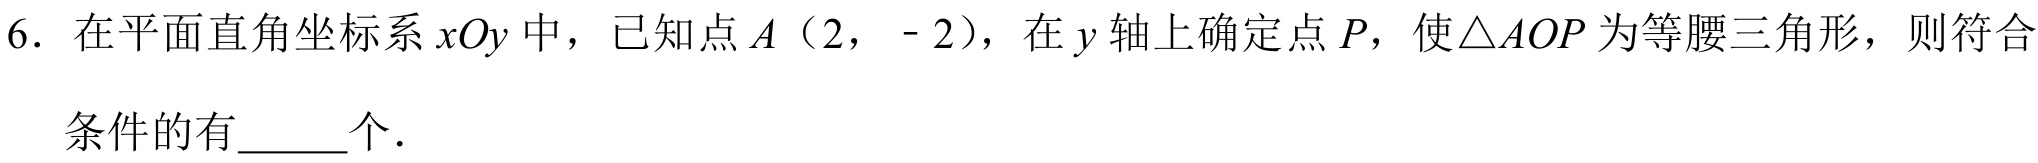
6. 在平面直角坐标系 \(xOy\) 中，已知点 \(A\)（2， - 2），在 \(y\) 轴上确定点 \(P\)，使\(\triangle AOP\)为等腰三角形，则符合条件的有\(\underline{\quad\quad}\)个．